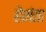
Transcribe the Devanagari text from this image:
हेमंता